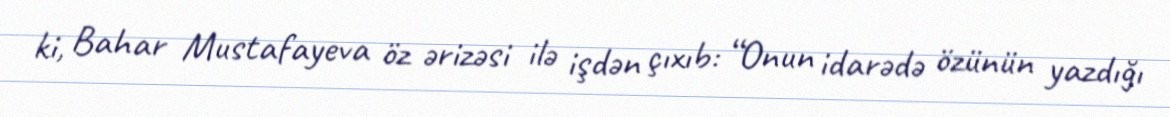
ki, Bahar Mustafayeva öz ərizəsi ilə işdən çıxıb: “Onun idarədə özünün yazdığı